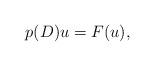
LaTeX: \begin{align*} p(D)u=F(u),\end{align*}